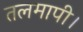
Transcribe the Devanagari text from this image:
तलमापी।